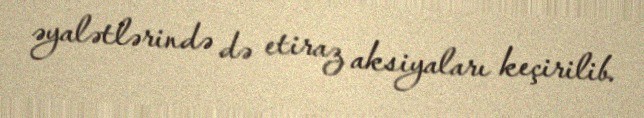
əyalətlərində də etiraz aksiyaları keçirilib.